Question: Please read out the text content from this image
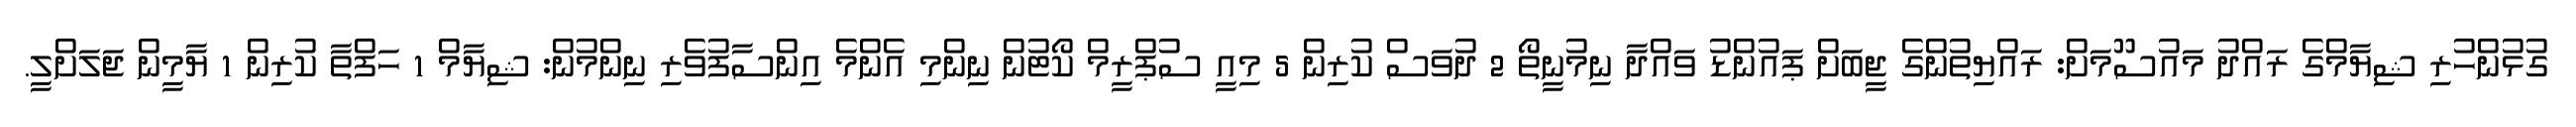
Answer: ގުޅުންހުރި ޝިޔާމްގެ ރައްދު މައުސޫމަށް: ރައްޔިތުންގެ ޖީބަށް ޕައުންޑު ވައްދާ ނިމުނީތޯ 2 ދުވަސް ކުރިން 5 މިއީ ސުޕްރީމް ކޯޓުން ނިންމި އެންމެ އިންސާފުވެރި ނިންމުން: ޝިޔާމް 1 ހަފްތާ ކުރިން 1 ޔާމީން ޖަލަށްލީ.